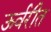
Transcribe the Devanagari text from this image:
ऊर्वरीत